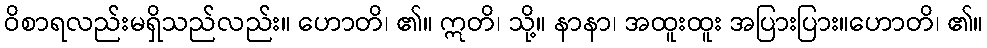
ဝိစာရလည်းမရှိသည်လည်း။ ဟောတိ၊ ၏။ ဣတိ၊ သို့။ နာနာ၊ အထူးထူး အပြားပြား။ဟောတိ၊ ၏။